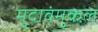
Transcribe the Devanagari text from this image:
मुदावंमुकल